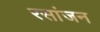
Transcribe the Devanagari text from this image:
रसांजन